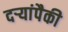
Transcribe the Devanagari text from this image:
दऱ्यांपैकी